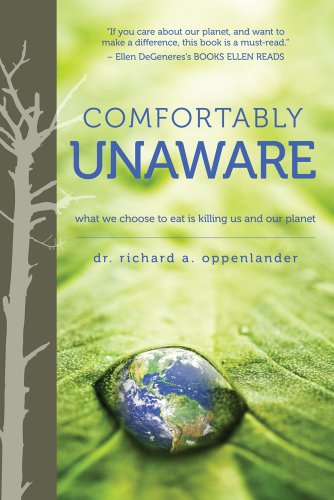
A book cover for Comfortably Unaware: What We Choose to Eat Is Killing Us and Our Planet; Richard Oppenlander; Science & Math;